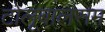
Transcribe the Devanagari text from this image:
टोलूबालसम